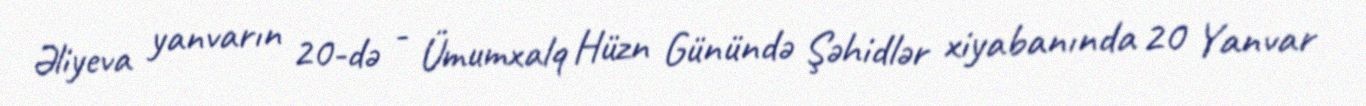
Əliyeva yanvarın 20-də - Ümumxalq Hüzn Günündə Şəhidlər xiyabanında 20 Yanvar